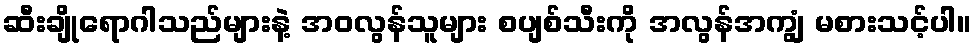
ဆီးချိုရောဂါသည်များနဲ့ အဝလွန်သူများ စပျစ်သီးကို အလွန်အကျွံ မစားသင့်ပါ။